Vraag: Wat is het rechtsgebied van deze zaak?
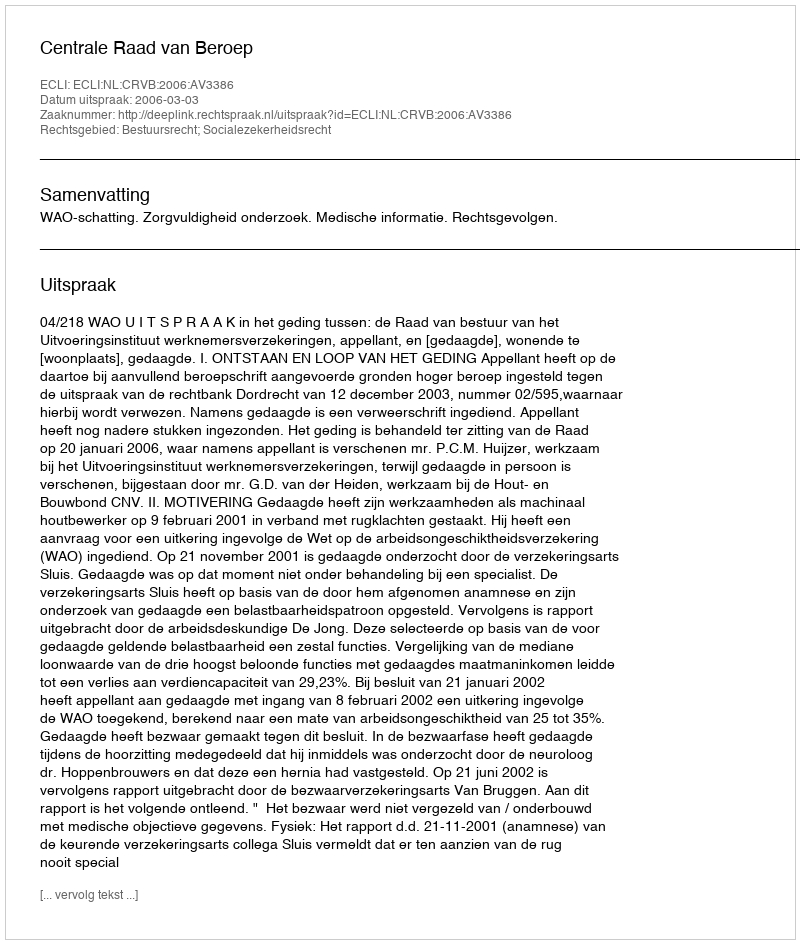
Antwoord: Bestuursrecht; Socialezekerheidsrecht